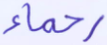
رحماء